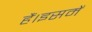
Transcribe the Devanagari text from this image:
हैं।इसमें